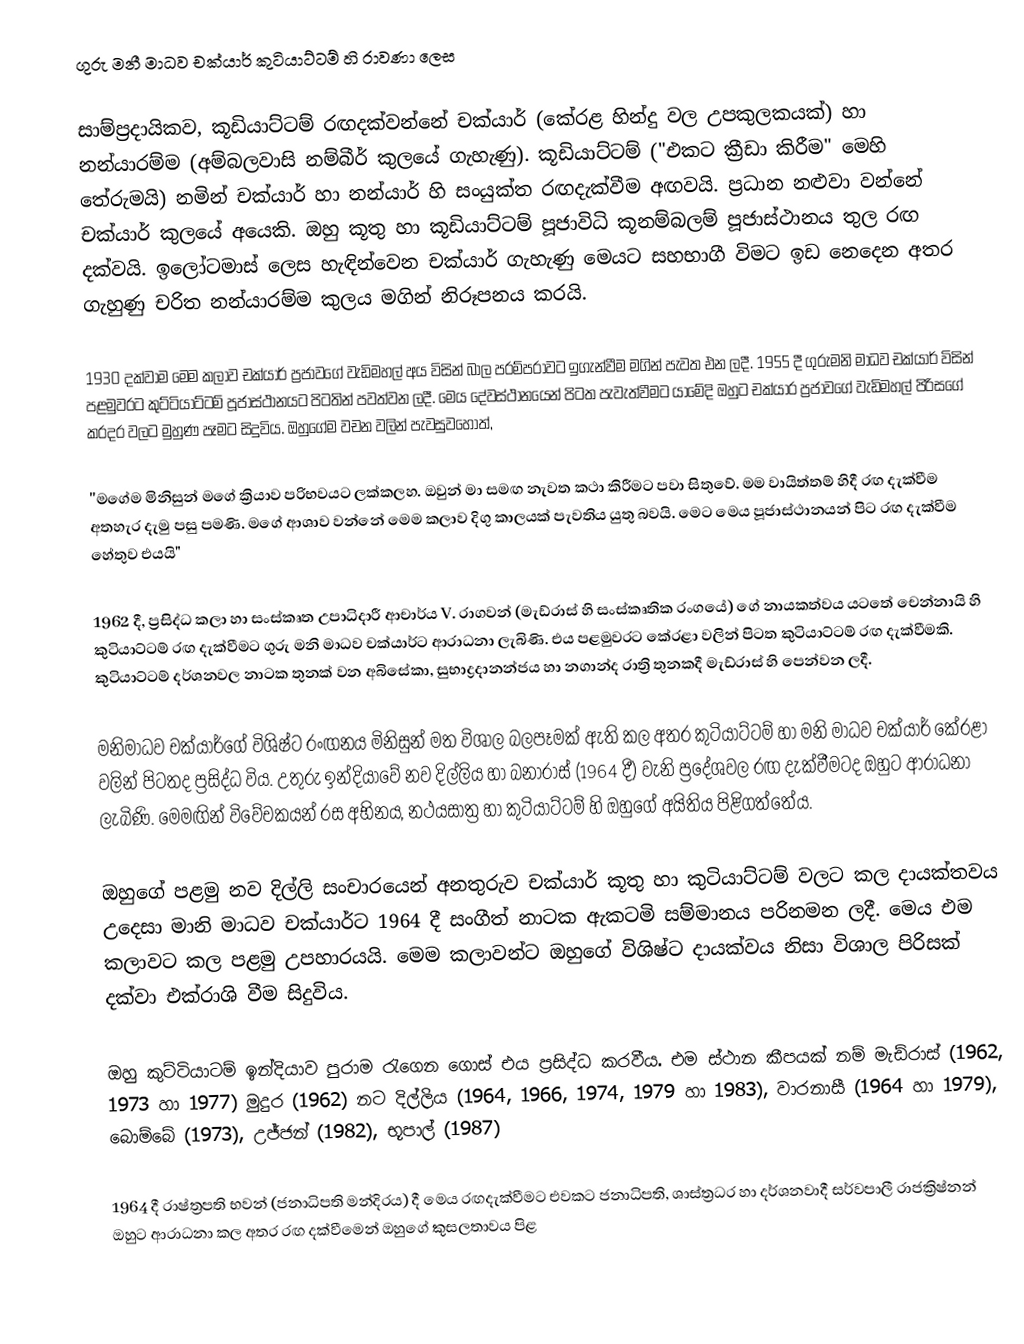
ගුරු මනී මාධව චක්යාර් කුටියාට්ටම් හි රාවණා ලෙස

සාම්ප්‍රදායිකව, කූඩියාට්ටම් රඟදක්වන්නේ චක්යාර් (කේර‍ළ හින්දු වල උපකුලකයක්) හා නන්යාරම්ම (අම්බලවාසි නම්බීර් කුලයේ ගැහැණු). කූඩියාට්ටම් ("එකට ක්‍රීඩා කිරීම" මෙහි තේරුමයි) නමින් චක්යාර් හා නන්යාර් හි සංයුක්ත රඟදැක්වීම අඟවයි. ප්‍රධාන නළුවා වන්නේ චක්යාර් කුලයේ අයෙකි. ඔහු කූතු හා කූඩියාට්ටම් පූජාවිධි කූනම්බලම් පූජාස්ථානය තුල රඟ දක්වයි. ඉලෝටමාස් ලෙස හැඳින්වෙන චක්යාර් ගැහැණු මෙයට සහභාගී විමට ඉඩ නෙදෙන අතර ගැහුණු චරිත නන්යාරම්ම කුලය මගින් නිරූපනය කරයි.

1930 දක්වාම මෙම කලාව චක්යාර් ප්‍රජාවගේ වැඩිමහල් අය විසින් බාල පරම්පරාවට ඉගැන්වීම මගින් පැවත එන ලදී. 1955 දී ගුරුමනි මාධව චක්යාර් විසින් පළමුවරට කුට්ටියාට්ටම් පූජාස්ථානයට පිටතින් පවත්වන ලදී. මෙය දේවස්ථානයෙන් පිටත පැවැත්වීමට යාමේදි ඔහුට චක්යාර ප්‍රජාවගේ වැඩිමහල් පිරිසගේ කරදර වලට මුහුණ පෑමට සිදුවිය. ඔහුගේම වචන වලින් පැවසුවහොත්,

''මගේම මිනිසුන් මගේ ක්‍රියාව පරිභවයට ලක්කලහ. ඔවුන් මා සමඟ නැවත කථා කිරීමට පවා සිතුවේ. මම වායිත්තම් හිදී රඟ දැක්වීම අතහැර දැමු පසු පමණි. මගේ ආශාව වන්නේ මෙම කලාව දිගු කාලයක් පැවතිය යුතු බවයි. මෙට මෙය පූජාස්ථානයන් පිට රඟ දැක්වීම හේතුව එයයි"

1962 දී, ප්‍රසිද්ධ කලා හා සංස්කෘත උපාධිදාරී ආචාර්ය V. රාගවන් (මැඩ්රාස් හි සංස්කෘතික රංගයේ) ගේ නායකත්වය යටතේ චෙන්නායි හි කුටියාට්ටම් රඟ දැක්වීමට ගුරු මනි මාධව චක්යාර්ට ආරාධනා ලැබිණි. එය පළමුවරට කේරළා වලින් පිටත කුටියාට්ටම් රඟ දැක්වීමකි. කුටියාට්ටම් දර්ශනවල නාටක තුනක් වන අබිසේකා, සුභාද්‍රදානන්ජය හා නගාන්ද රාත්‍රි තුනකදී මැඩ්රාස් හි පෙන්වන ලදී.

මනිමාධව චක්යාර්ගේ විශිෂ්ට රංඟනය මිනිසුන් මත විශාල බලපෑමක් ඇති කල අතර කුටියාට්ටම් හා මනි මාධව චක්යාර් කේරළා වලින් පිටතද ප්‍රසිද්ධ විය. උතුරු ඉන්දියාවේ නව දිල්ලිය හා බනාරාස් (1964 දී) වැනි ප්‍රදේශවල රඟ දැක්වීමටද ඔහුට ආරාධනා ලැබිණි. මෙමඟින් විවේචකයන් රස අභිනය, නථයසාත්‍ර හා කුටියාට්ටම් හි ඔහුගේ අයිතිය පිළිගත්තේය.

ඔහුගේ පළමු නව දිල්ලි සංචාරයෙන් අනතුරුව චක්යාර් කූතු හා කුටියාට්ටම් වලට කල දායක්තවය උදෙසා මානි මාධව චක්යාර්ට 1964 දී සංගීත් නාටක ඇකටමි සම්මානය පරිනමන ලදී. මෙය එම කලාවට කල පළමු උපහාරයයි. මෙම කලාවන්ට ඔහුගේ විශිෂ්ට දායක්වය නිසා විශාල පිරිසක් දක්වා එක්රාශි වීම සිදුවිය.

ඔහු කුට්ටියාටම් ඉන්දියාව පුරාම රැගෙන ගොස් එය ප්‍රසිද්ධ කරවීය. එම ස්ථාන කීපයක් නම් මැඩ්රාස් (1962, 1973 හා 1977) මුදුර (1962) නට දිල්ලිය (1964, 1966, 1974, 1979 හා 1983), වාරනාසී (1964 හා 1979), බොම්බේ (1973), ‍උජ්ජන් (1982), භූපාල් (1987)

1964 දී රාෂ්ත්‍රපති භවන් (ජනාධිපති මන්දිරය) දී මෙය රඟදැක්වීමට එවකට ජනාධිපති, ශාස්ත්‍රධර හා දර්ශනවාදී සර්වපාලී රාජක්‍රිෂ්නන් ඔහුට ආරාධනා කල අතර රඟ දක්වීමෙන් ඔහුගේ කුසලතාවය පිළ